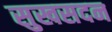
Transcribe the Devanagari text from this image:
सुखसदन